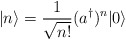
\begin{align*}|n\rangle=\frac{1}{\sqrt{n!}}(a^\dagger)^n|0\rangle\end{align*}